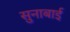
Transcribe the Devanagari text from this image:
सुनाबाई